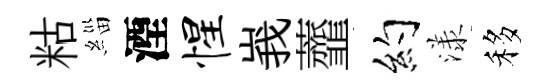
䊀緇湮惺峩虀约漾移